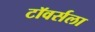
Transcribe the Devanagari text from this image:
टॉवर्सला